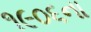
૧૯૦૬ના